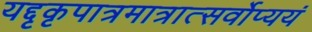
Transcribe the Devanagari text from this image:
यद्दृकृपात्रमात्रात्सर्वोप्ययं